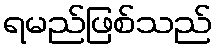
ရမည်ဖြစ်သည်